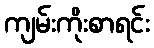
ကျမ်းကိုးစာရင်း